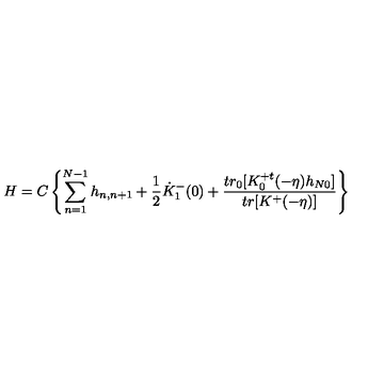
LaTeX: H = C \left\{ \sum _ { n = 1 } ^ { N - 1 } h _ { n , n + 1 } + \frac { 1 } { 2 } \dot { K } _ { 1 } ^ { - } ( 0 ) + \frac { t r _ { 0 } [ K _ { 0 } ^ { + t } ( - \eta ) h _ { N 0 } ] } { t r [ K ^ { + } ( - \eta ) ] } \right\}